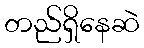
တည်ရှိနေဆဲ